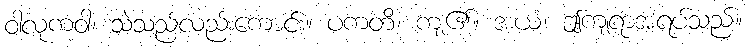
ဝါလုကံဝါ၊ သဲသည်လည်းကောင်း။ ပကတိ၊ ကျ၏။ အယံ၊ ဤကျရာအရပ်သည်။